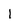
Character: l